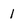
Character: 1